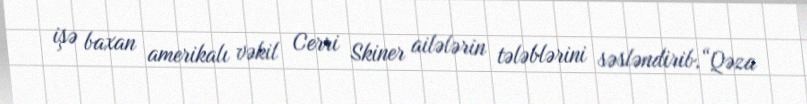
işə baxan amerikalı vəkil Cerri Skiner ailələrin tələblərini səsləndirib.“Qəza